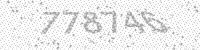
Solution: 778746